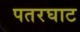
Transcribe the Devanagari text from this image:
पतरघाट